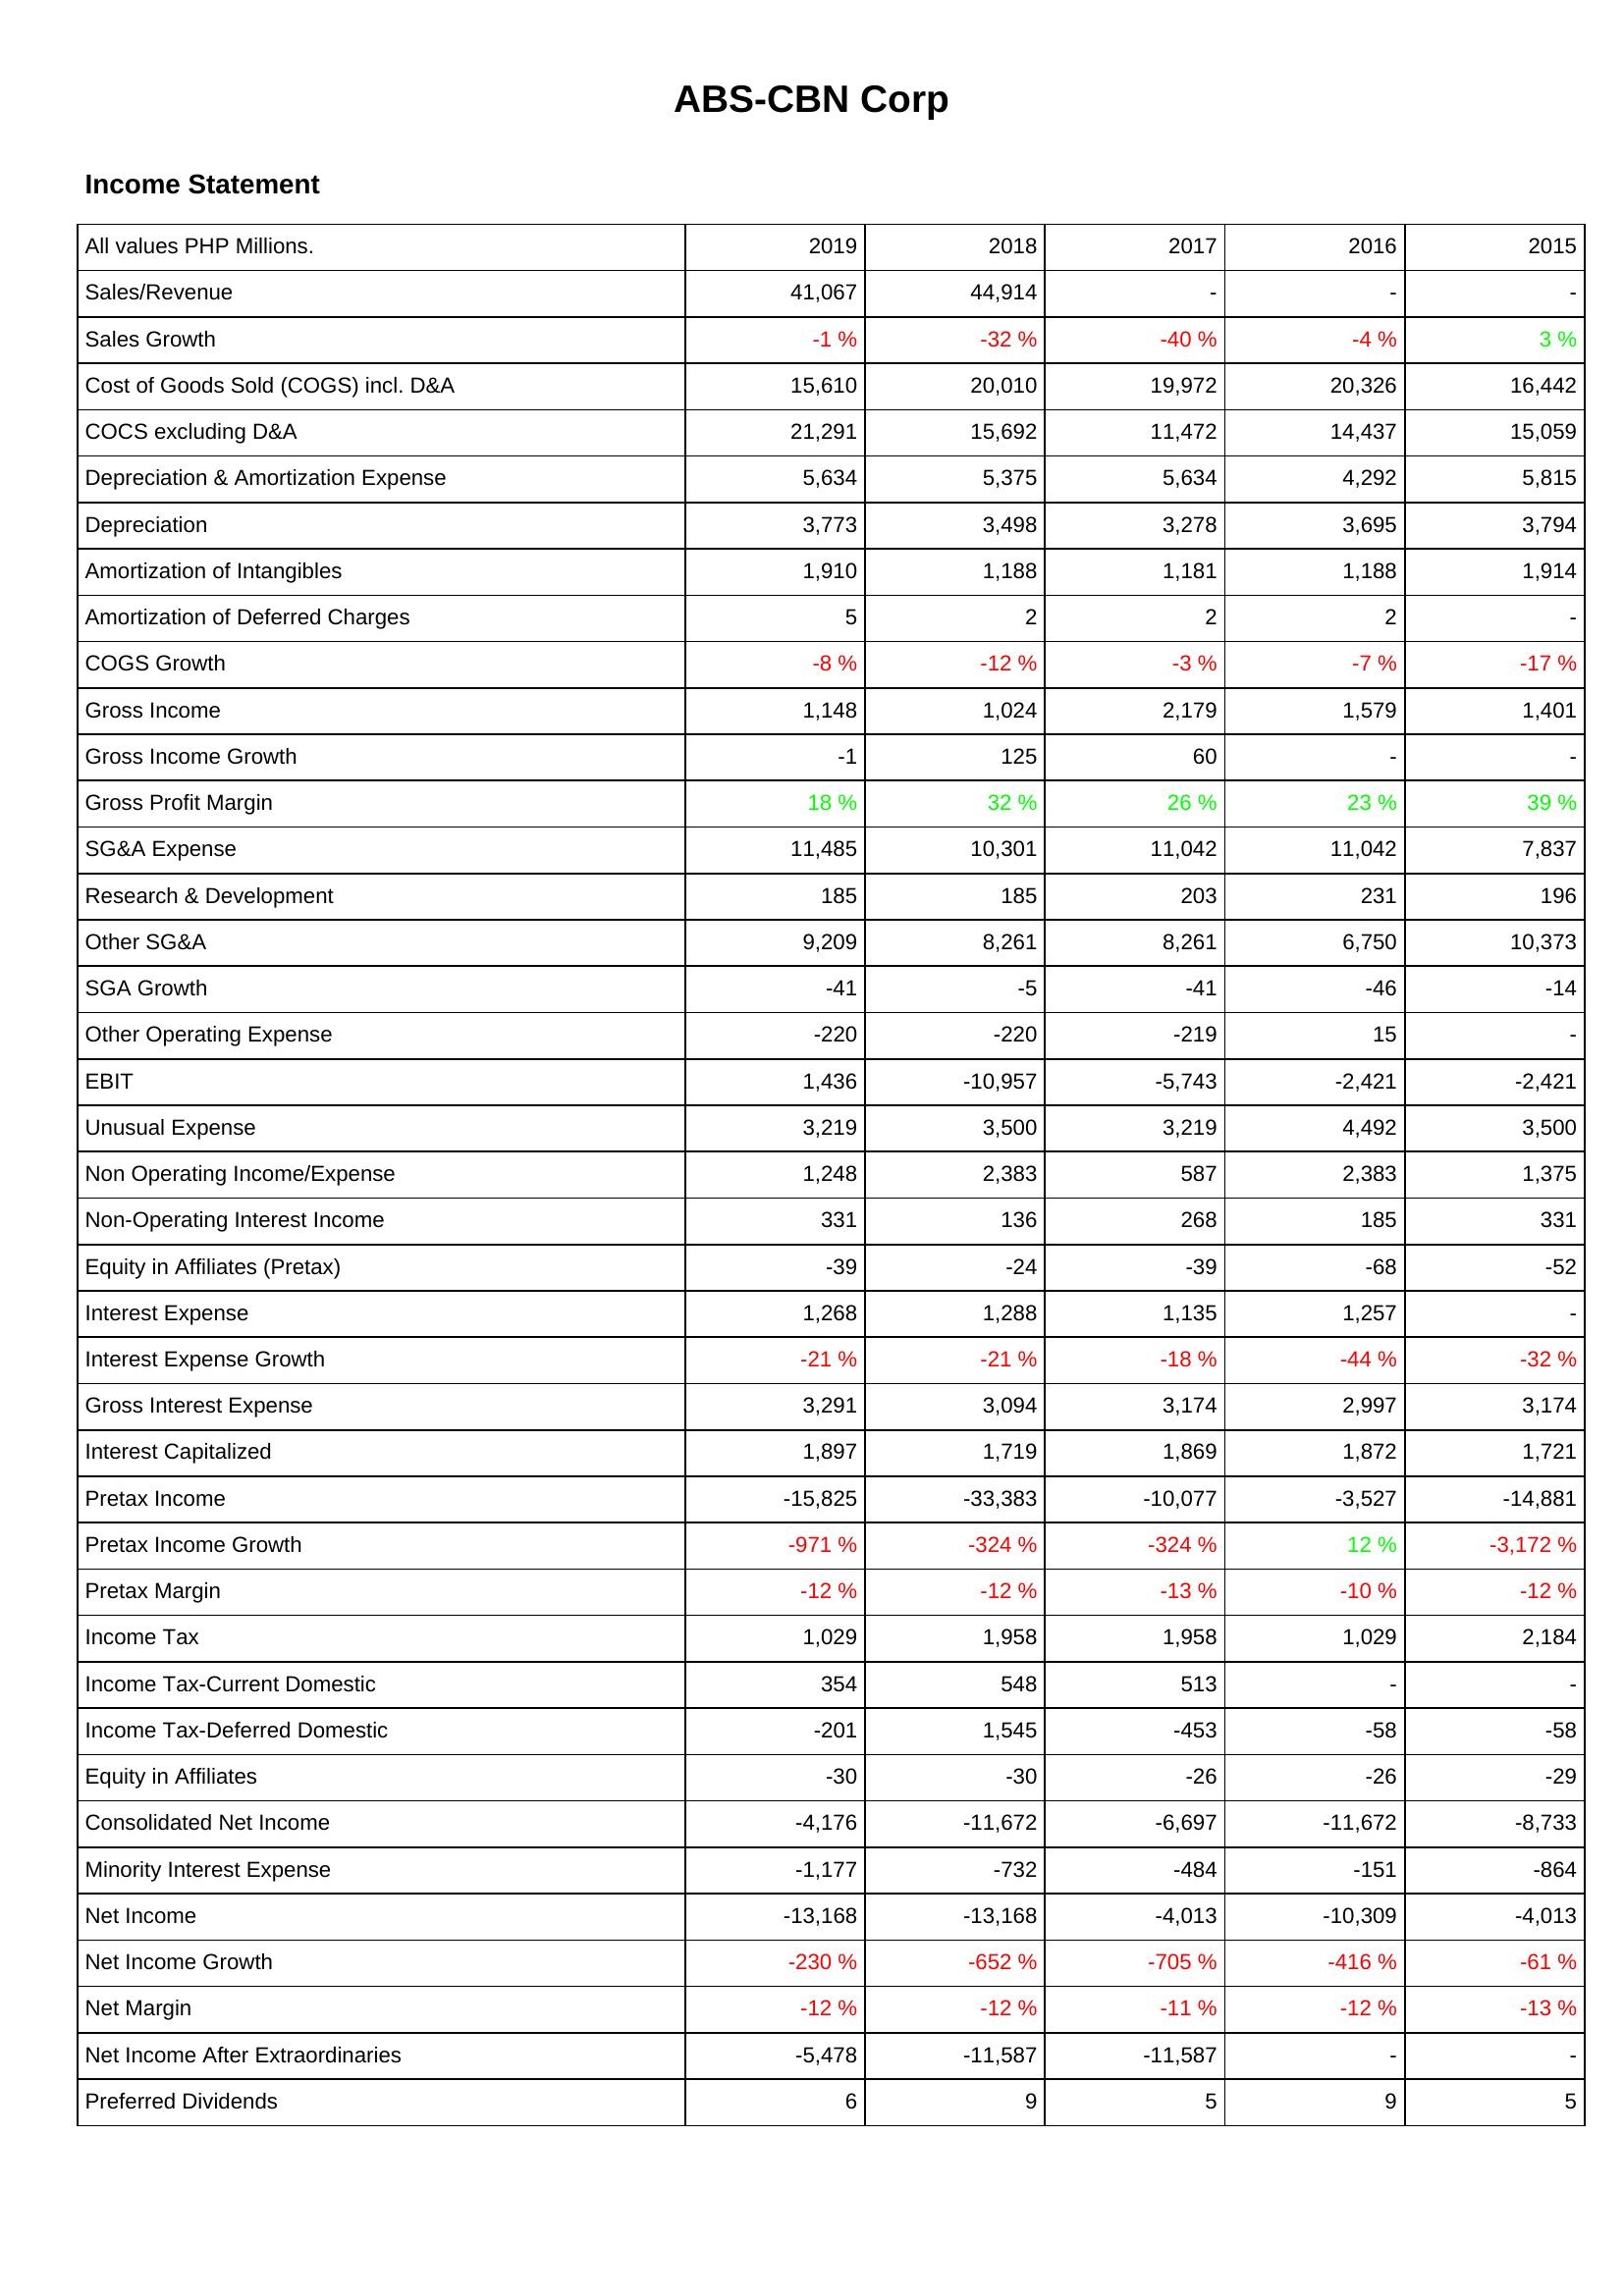
2019: Income Statement: Sales/Revenue: 41,067
Sales Growth: -1 %
Cost of Goods Sold (COGS) incl. D&A: 15,610
COCS excluding D&A: 21,291
Depreciation & Amortization Expense: 5,634
Depreciation: 3,773
Amortization of Intangibles: 1,910
Amortization of Deferred Charges: 5
COGS Growth: -8 %
Gross Income: 1,148
Gross Income Growth: -1
Gross Profit Margin: 18 %
SG&A Expense: 11,485
Research & Development: 185
Other SG&A: 9,209
SGA Growth: -41
Other Operating Expense: -220
EBIT: 1,436
Unusual Expense: 3,219
Non Operating Income/Expense: 1,248
Non-Operating Interest Income: 331
Equity in Affiliates (Pretax): -39
Interest Expense: 1,268
Interest Expense Growth: -21 %
Gross Interest Expense: 3,291
Interest Capitalized: 1,897
Pretax Income: -15,825
Pretax Income Growth: -971 %
Pretax Margin: -12 %
Income Tax: 1,029
Income Tax-Current Domestic: 354
Income Tax-Deferred Domestic: -201
Equity in Affiliates: -30
Consolidated Net Income: -4,176
Minority Interest Expense: -1,177
Net Income: -13,168
Net Income Growth: -230 %
Net Margin: -12 %
Net Income After Extraordinaries: -5,478
Preferred Dividends: 6
2018: Income Statement: Sales/Revenue: 44,914
Sales Growth: -32 %
Cost of Goods Sold (COGS) incl. D&A: 20,010
COCS excluding D&A: 15,692
Depreciation & Amortization Expense: 5,375
Depreciation: 3,498
Amortization of Intangibles: 1,188
Amortization of Deferred Charges: 2
COGS Growth: -12 %
Gross Income: 1,024
Gross Income Growth: 125
Gross Profit Margin: 32 %
SG&A Expense: 10,301
Research & Development: 185
Other SG&A: 8,261
SGA Growth: -5
Other Operating Expense: -220
EBIT: -10,957
Unusual Expense: 3,500
Non Operating Income/Expense: 2,383
Non-Operating Interest Income: 136
Equity in Affiliates (Pretax): -24
Interest Expense: 1,288
Interest Expense Growth: -21 %
Gross Interest Expense: 3,094
Interest Capitalized: 1,719
Pretax Income: -33,383
Pretax Income Growth: -324 %
Pretax Margin: -12 %
Income Tax: 1,958
Income Tax-Current Domestic: 548
Income Tax-Deferred Domestic: 1,545
Equity in Affiliates: -30
Consolidated Net Income: -11,672
Minority Interest Expense: -732
Net Income: -13,168
Net Income Growth: -652 %
Net Margin: -12 %
Net Income After Extraordinaries: -11,587
Preferred Dividends: 9
2017: Income Statement: Sales/Revenue: -
Sales Growth: -40 %
Cost of Goods Sold (COGS) incl. D&A: 19,972
COCS excluding D&A: 11,472
Depreciation & Amortization Expense: 5,634
Depreciation: 3,278
Amortization of Intangibles: 1,181
Amortization of Deferred Charges: 2
COGS Growth: -3 %
Gross Income: 2,179
Gross Income Growth: 60
Gross Profit Margin: 26 %
SG&A Expense: 11,042
Research & Development: 203
Other SG&A: 8,261
SGA Growth: -41
Other Operating Expense: -219
EBIT: -5,743
Unusual Expense: 3,219
Non Operating Income/Expense: 587
Non-Operating Interest Income: 268
Equity in Affiliates (Pretax): -39
Interest Expense: 1,135
Interest Expense Growth: -18 %
Gross Interest Expense: 3,174
Interest Capitalized: 1,869
Pretax Income: -10,077
Pretax Income Growth: -324 %
Pretax Margin: -13 %
Income Tax: 1,958
Income Tax-Current Domestic: 513
Income Tax-Deferred Domestic: -453
Equity in Affiliates: -26
Consolidated Net Income: -6,697
Minority Interest Expense: -484
Net Income: -4,013
Net Income Growth: -705 %
Net Margin: -11 %
Net Income After Extraordinaries: -11,587
Preferred Dividends: 5
2016: Income Statement: Sales/Revenue: -
Sales Growth: -4 %
Cost of Goods Sold (COGS) incl. D&A: 20,326
COCS excluding D&A: 14,437
Depreciation & Amortization Expense: 4,292
Depreciation: 3,695
Amortization of Intangibles: 1,188
Amortization of Deferred Charges: 2
COGS Growth: -7 %
Gross Income: 1,579
Gross Income Growth: -
Gross Profit Margin: 23 %
SG&A Expense: 11,042
Research & Development: 231
Other SG&A: 6,750
SGA Growth: -46
Other Operating Expense: 15
EBIT: -2,421
Unusual Expense: 4,492
Non Operating Income/Expense: 2,383
Non-Operating Interest Income: 185
Equity in Affiliates (Pretax): -68
Interest Expense: 1,257
Interest Expense Growth: -44 %
Gross Interest Expense: 2,997
Interest Capitalized: 1,872
Pretax Income: -3,527
Pretax Income Growth: 12 %
Pretax Margin: -10 %
Income Tax: 1,029
Income Tax-Current Domestic: -
Income Tax-Deferred Domestic: -58
Equity in Affiliates: -26
Consolidated Net Income: -11,672
Minority Interest Expense: -151
Net Income: -10,309
Net Income Growth: -416 %
Net Margin: -12 %
Net Income After Extraordinaries: -
Preferred Dividends: 9
2015: Income Statement: Sales/Revenue: -
Sales Growth: 3 %
Cost of Goods Sold (COGS) incl. D&A: 16,442
COCS excluding D&A: 15,059
Depreciation & Amortization Expense: 5,815
Depreciation: 3,794
Amortization of Intangibles: 1,914
Amortization of Deferred Charges: -
COGS Growth: -17 %
Gross Income: 1,401
Gross Income Growth: -
Gross Profit Margin: 39 %
SG&A Expense: 7,837
Research & Development: 196
Other SG&A: 10,373
SGA Growth: -14
Other Operating Expense: -
EBIT: -2,421
Unusual Expense: 3,500
Non Operating Income/Expense: 1,375
Non-Operating Interest Income: 331
Equity in Affiliates (Pretax): -52
Interest Expense: -
Interest Expense Growth: -32 %
Gross Interest Expense: 3,174
Interest Capitalized: 1,721
Pretax Income: -14,881
Pretax Income Growth: -3,172 %
Pretax Margin: -12 %
Income Tax: 2,184
Income Tax-Current Domestic: -
Income Tax-Deferred Domestic: -58
Equity in Affiliates: -29
Consolidated Net Income: -8,733
Minority Interest Expense: -864
Net Income: -4,013
Net Income Growth: -61 %
Net Margin: -13 %
Net Income After Extraordinaries: -
Preferred Dividends: 5